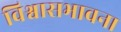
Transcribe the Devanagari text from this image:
विश्वासभावना